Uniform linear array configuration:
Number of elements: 64
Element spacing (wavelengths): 0.5
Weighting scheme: hamming
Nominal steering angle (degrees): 45
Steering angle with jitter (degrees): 43.493
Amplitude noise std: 0.05
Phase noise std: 0.05

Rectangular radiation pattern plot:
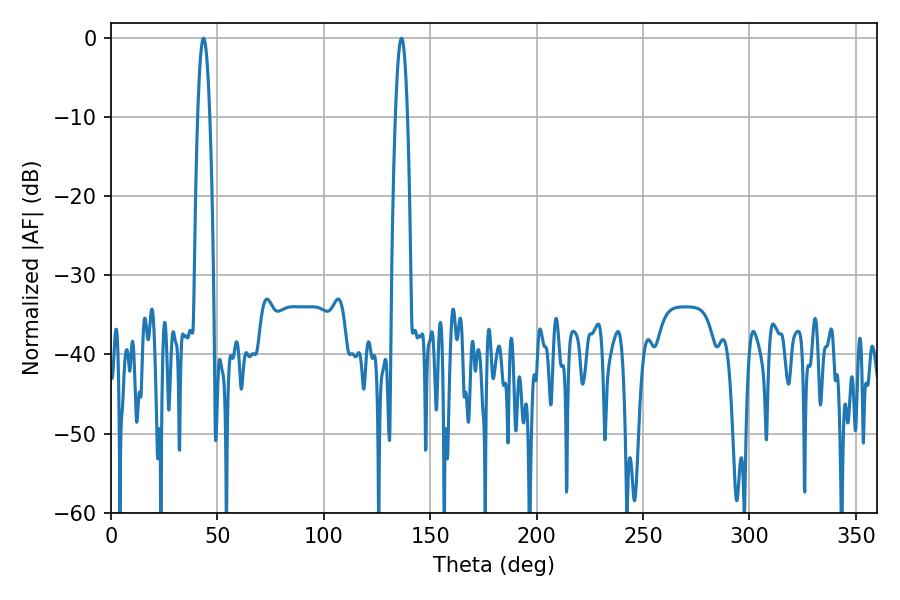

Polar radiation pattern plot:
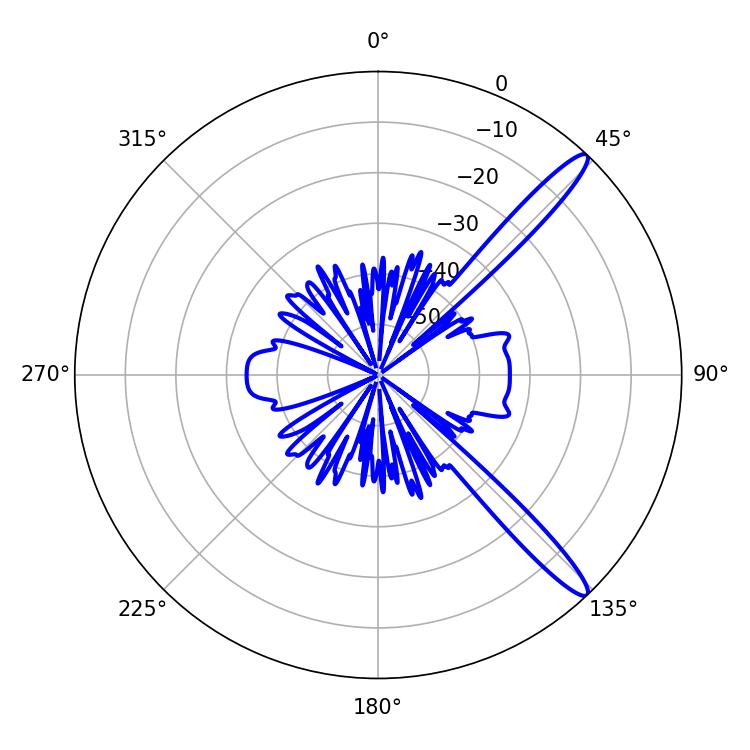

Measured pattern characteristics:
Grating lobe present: FALSE
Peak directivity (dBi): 13.863
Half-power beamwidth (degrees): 3.06
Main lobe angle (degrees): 43.56